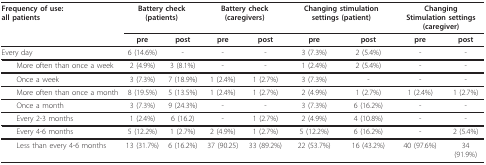
<table><thead><tr><td><b>Frequency of use:all patients</b></td><td colspan="2"><b>Battery check (patients)</b></td><td colspan="2"><b>Battery check (caregivers)</b></td><td colspan="2"><b>Changing stimulation settings (patient)</b></td><td colspan="2"><b>ChangingStimulation settings (caregiver)</b></td></tr><tr><td></td><td><b>pre</b></td><td><b>post</b></td><td><b>pre</b></td><td><b>post</b></td><td><b>pre</b></td><td><b>post</b></td><td><b>pre</b></td><td><b>post</b></td></tr></thead><tbody><tr><td>Every day</td><td>6 (14.6%)</td><td>-</td><td>-</td><td>-</td><td>3 (7.3%)</td><td>2 (5.4%)</td><td>-</td><td>-</td></tr><tr><td> More often than once a week</td><td>2 (4.9%)</td><td>3 (8.1%)</td><td>-</td><td>-</td><td>1 (2.4%)</td><td>2 (5.4%)</td><td>-</td><td>-</td></tr><tr><td> Once a week</td><td>3 (7.3%)</td><td>7 (18.9%)</td><td>1 (2.4%)</td><td>1 (2.7%)</td><td>3 (7.3%)</td><td>-</td><td>-</td><td>-</td></tr><tr><td> More often than once a month</td><td>8 (19.5%)</td><td>5 (13.5%)</td><td>1 (2.4%)</td><td>1 (2.7%)</td><td>2 (4.9%)</td><td>1 (2.7%)</td><td>1 (2.4%)</td><td>1 (2.7%)</td></tr><tr><td> Once a month</td><td>3 (7.3%)</td><td>9 (24.3%)</td><td>-</td><td>-</td><td>3 (7.3%)</td><td>6 (16.2%)</td><td>-</td><td>-</td></tr><tr><td> Every 2-3 months</td><td>1 (2.4%)</td><td>6 (16.2)</td><td>-</td><td>1 (2.7%)</td><td>2 (4.9%)</td><td>4 (10.8%)</td><td>-</td><td>-</td></tr><tr><td> Every 4-6 months</td><td>5 (12.2%)</td><td>1 (2.7%)</td><td>2 (4.9%)</td><td>1 (2.7%)</td><td>5 (12.2%)</td><td>6 (16.2%)</td><td>-</td><td>2 (5.4%)</td></tr><tr><td> Less than every 4-6 months</td><td>13 (31.7%)</td><td>6 (16.2%)</td><td>37 (90.25)</td><td>33 (89.2%)</td><td>22 (53.7%)</td><td>16 (43.2%)</td><td>40 (97.6%)</td><td>34(91.9%)</td></tr></tbody></table>